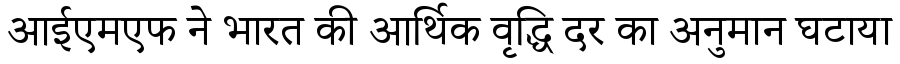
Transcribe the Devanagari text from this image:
आईएमएफ ने भारत की आर्थिक वृद्धि दर का अनुमान घटाया